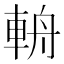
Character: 輈